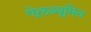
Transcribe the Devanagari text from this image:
ऐलब्यूमिन